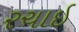
રચાઈ